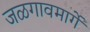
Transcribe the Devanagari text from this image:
जळगावमार्गे